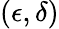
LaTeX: (\epsilon,\delta)